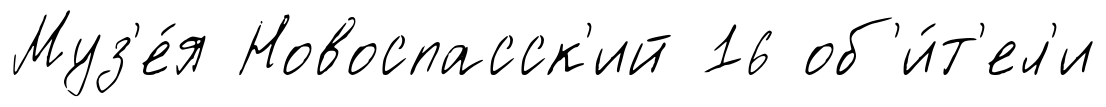
Муз'е́я Новоспасск'ий 16 об'и́т'ел'и